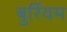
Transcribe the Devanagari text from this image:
बुर्रियम